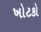
ખોટકો